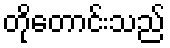
တိုတောင်းသည်